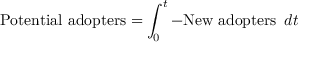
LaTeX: \ { \mathrm { P o t e n t i a l ~ a d o p t e r s } } = \int _ { 0 } ^ { t } { \mathrm { - N e w ~ a d o p t e r s ~ } } \, d t